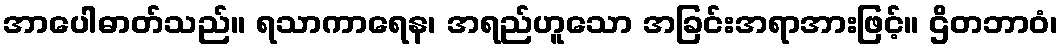
အာပေါဓာတ်သည်။ ရသာကာရေန၊ အရည်ဟူသော အခြင်းအရာအားဖြင့်။ ဌိတဘာဝံ၊